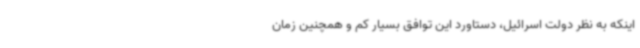
اینکه به نظر دولت اسرائیل، دستاورد این توافق بسیار کم و همچنین زمان